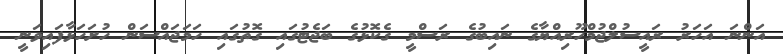
އަންނަ އަހަރު ރައީސުލްޖުމްހޫރިއްޔާގެ ނައިބުގެ ރަސްމީ ގެކޮޅުގެ ބަޖެޓުގައި ގޮތުގައި ހަމަޖައްސަން ހުށަހަޅާފައިވަނީ